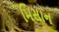
મિસાન